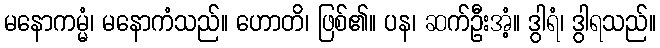
မနောကမ္မံ၊ မနောကံသည်။ ဟောတိ၊ ဖြစ်၏။ ပန၊ ဆက်ဦးအံ့။ ဒွါရံ၊ ဒွါရသည်။